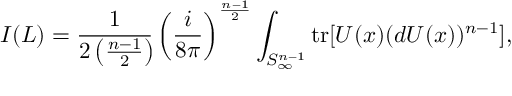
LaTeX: I ( L ) = \frac { 1 } { 2 \left( \frac { n - 1 } { 2 } \right) \! } \left( \frac { i } { 8 \pi } \right) ^ { \frac { n - 1 } { 2 } } \int _ { S _ { \infty } ^ { n - 1 } } \mathrm { t r } [ U ( x ) ( d U ( x ) ) ^ { n - 1 } ] ,